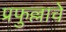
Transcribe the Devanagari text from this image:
प्रफुल्लाचे